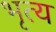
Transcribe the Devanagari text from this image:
भृत्‍य